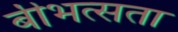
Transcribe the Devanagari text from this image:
बीभत्सता